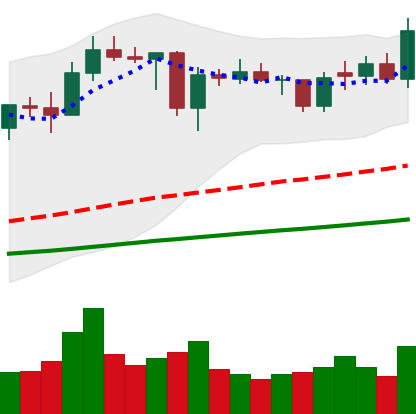
Ticker: ADA-USD
Chart end date: 2021-02-01
Forward return: 56.178%
Label: up_7plus